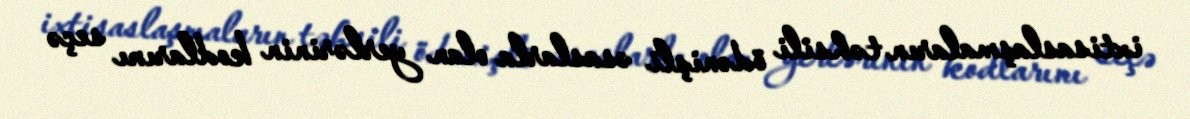
ixtisaslaşmaların təhsili ödənişli əsaslarla olan yerlərinin kodlarını seçə